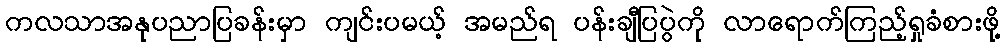
ကလသာအနုပညာပြခန်းမှာ ကျင်းပမယ့် အမည်ရ ပန်းချီပြပွဲကို လာရောက်ကြည့်ရှုခံစားဖို့